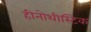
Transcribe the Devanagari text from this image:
हीनोथीस्टिक